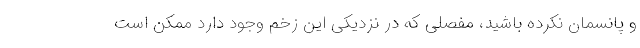
و پانسمان نکرده باشید، مفصلی که در نزدیکی این زخم وجود دارد ممکن است